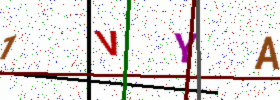
Text: 1VYA